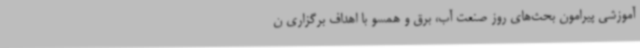
آموزشی پیرامون بحث‌های روز صنعت آب، برق و همسو با اهداف برگزاری ن